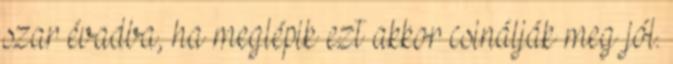
szar évadba, ha meglépik ezt akkor csinálják meg jól.